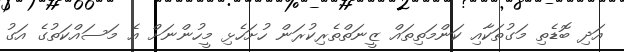
އަދި ބޮޑެތި މަގުތަކާއި ކަންމަތިތައް ޒީނަތްތެރިކުރަން ހުށަހެޅި މީހުންނަށް އެ މަސައްކަތުގެ އަގު